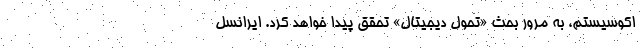
اکوسیستم، به مرور بحث «تحول دیجیتال» تحقق پیدا خواهد کرد. ایرانسل